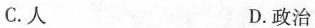
C.人 D.政治